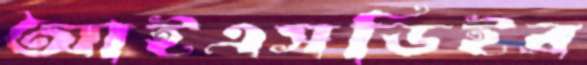
আইএসডিইর